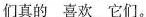
们真的 喜欢 它们.